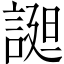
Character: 𧩙